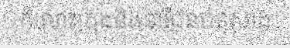
កំលោះក្រុងនិងនារីជនបទសាង